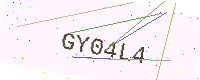
Text: GY04L4